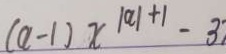
( a - 1 ) x ^ { \vert a \vert + 1 } - 3